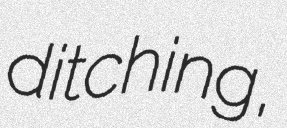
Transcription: ditching,